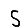
Digit: 5